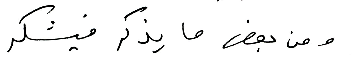
ومن بعض ما يذكر فيشكر